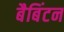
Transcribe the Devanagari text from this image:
बैबिंटन